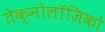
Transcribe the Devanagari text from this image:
तेक्नोलॉजिको